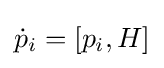
{\dot {p}}_{i}=[p_{i},H]